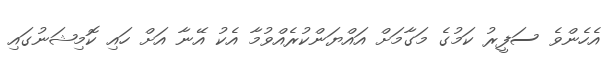
އެހެންވެ ސަފީރު ކަމުގެ މަގާމަށް އައްޔަންކުރެއްވުމާ އެކު އޭނާ އަށް ހައި ކޮމިޝަނުގައި